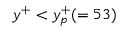
y ^ { + } < y _ { p } ^ { + } ( = 5 3 )